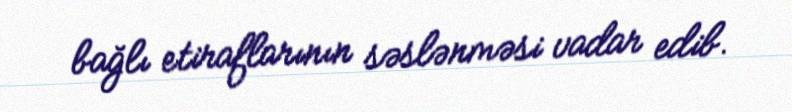
bağlı etiraflarının səslənməsi vadar edib.